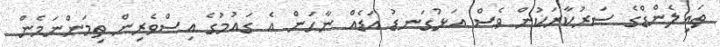
ތައިލެންޑްގެ ސަރުކާރަކުން ވެސް އަޅުގަނޑު އަޑެއް ނާހަން އެ ގައުމުގެ އިސްވެރިން ތިމަންނަމެން